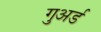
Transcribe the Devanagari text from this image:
गुअर्ड